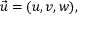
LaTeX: { \vec { u } } = ( u , v , w ) ,